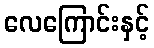
လေကြောင်းနှင့်